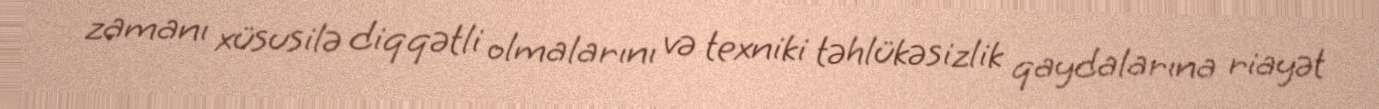
zamanı xüsusilə diqqətli olmalarını və texniki təhlükəsizlik qaydalarına riayət